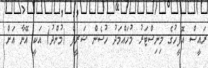
ރައީސް އޮފީހުގެ މިނިސްޓަރު މުހައްމަދު ހުސެން ޝަރީފް (މުންދު) އަކީ އޭނާ އަށް